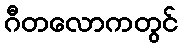
ဂီတလောကတွင်